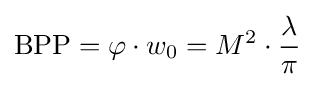
\mathrm {BPP} =\varphi \cdot w_{0}=M^{2}\cdot {\frac {\lambda }{\pi }}